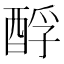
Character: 酻